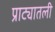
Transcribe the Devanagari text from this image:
प्राट्यातली